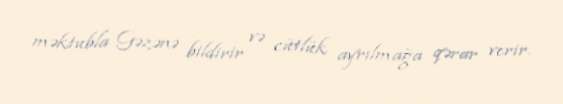
məktubla Gəzənə bildirir və cütlük ayrılmağa qərar verir.